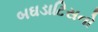
બઘડાટિસનો